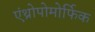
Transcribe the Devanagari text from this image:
एंथ्रोपोमोर्फिक